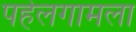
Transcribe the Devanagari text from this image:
पहेलगामला